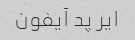
ایر پد آیفون